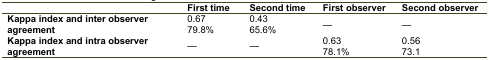
|  | First time | Second time | First observer | Second observer |
 | --- | --- | --- | --- | --- |
 | Kappa index and inter observer agreement | 0.67 79.8% | 0.43 65.6% | — | — |
 | Kappa index and intra observer agreement | — | — | 0.63 78.1% | 0.56 73.1 |